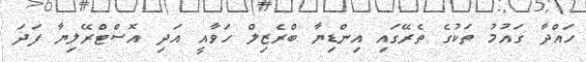
ހައްދާ ގައުމު ތަކުގެ ތެރޭގައި އިންޑިޔާ ބްރެޒިލް ހަވާއީ އަދި އޮސްޓްރޭލިޔާ ފަދަ